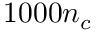
1 0 0 0 n _ { c }